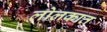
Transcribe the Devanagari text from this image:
लोलकात